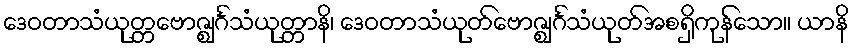
ဒေဝတာသံယုတ္တဗောဇ္ဈင်္ဂသံယုတ္တာနိ၊ ဒေဝတာသံယုတ်ဗောဇ္ဈင်္ဂသံယုတ်အစရှိကုန်သော။ ယာနိ